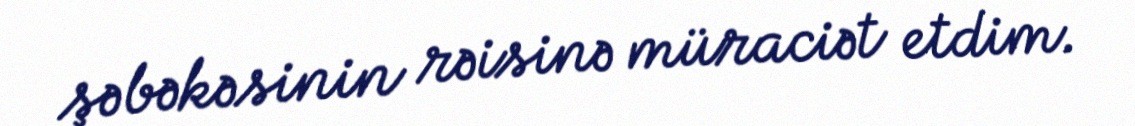
şəbəkəsinin rəisinə müraciət etdim.